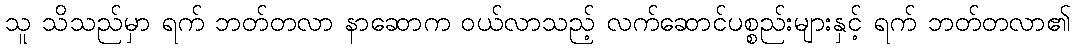
သူ သိသည်မှာ ရက် ဘတ်တလာ နာဆောက ဝယ်လာသည့် လက်ဆောင်ပစ္စည်းများနှင့် ရက် ဘတ်တလာ၏